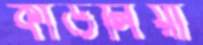
কাউলিয়া